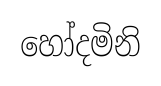
හෝදමිනි